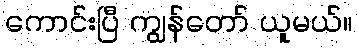
ကောင်းပြီ ကျွန်တော် ယူမယ်။